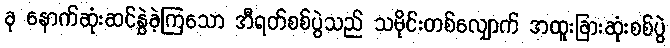
ခု နောက်ဆုံးဆင်နွှဲခဲ့ကြသော အီရတ်စစ်ပွဲသည် သမိုင်းတစ်လျှောက် အထူးခြားဆုံးစစ်ပွဲ